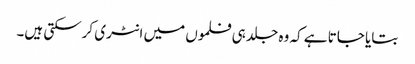
بتایا جاتا ہے کہ وہ جلد ہی فلموں میں انٹری کرسکتی ہیں۔